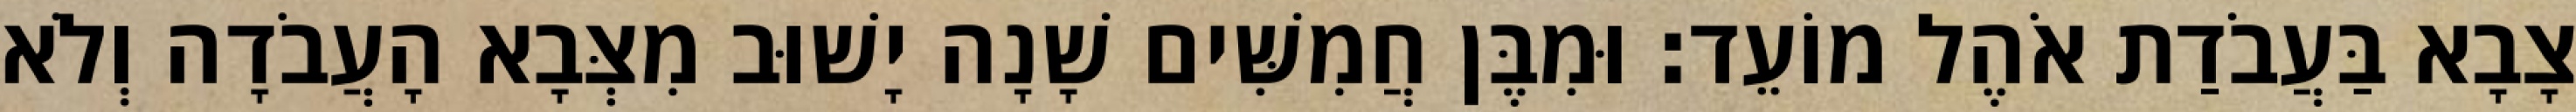
צָבָא בַּעֲבֹדַת אֹהֶל מוֹעֵד׃ וּמִבֶּן חֲמִשִּׁים שָׁנָה יָשׁוּב מִצְּבָא הָעֲבֹדָה וְלֹא